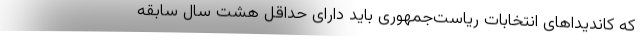
که کاندیداهای انتخابات ریاست‌جمهوری باید دارای حداقل هشت سال سابقه